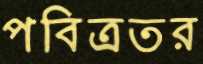
পবিত্রতর